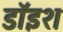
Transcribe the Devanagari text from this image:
डॉइश